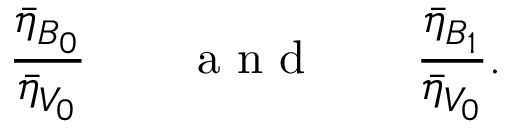
\frac { \bar { \eta } _ { B _ { 0 } } } { \bar { \eta } _ { V _ { 0 } } } \qquad \mathrm { ~ a ~ n ~ d ~ } \qquad \frac { \bar { \eta } _ { B _ { 1 } } } { \bar { \eta } _ { V _ { 0 } } } .